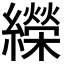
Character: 𦆱